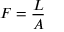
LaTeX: F = { \frac { L } { A } }